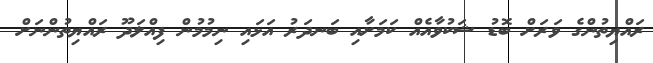
ރައްޔިތުންގެ ވަރަށް ބޮޑު ޝަކުވާއެއް ކަަމަށާއި ބަނދަރު އަޅައި ނިމުމުން ފިއްލަދޫ ރައްޔިތުންނަށް